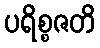
ပရိစ္စဇတိ